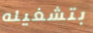
بتشغيله